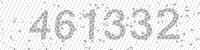
Solution: 461332